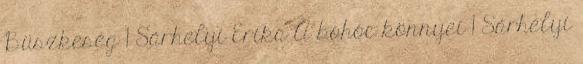
Büszkeség 1 Sárhelyi Erika A bohóc könnyei 1 Sárhelyi